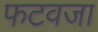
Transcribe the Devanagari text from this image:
फटवजा